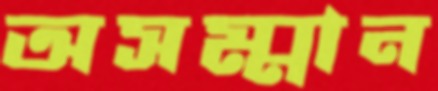
অসম্মান